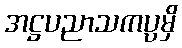
အဋ္ဌပညာသကပ္ပမှိ